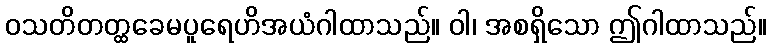
ဝသတိတတ္ထခေမပူရေဟိအယံဂါထာသည်။ ဝါ၊ အစရှိသော ဤဂါထာသည်။